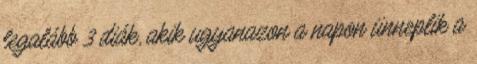
legalább 3 diák, akik ugyanazon a napon ünneplik a